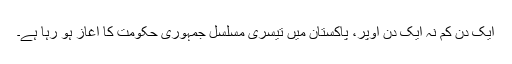
ایک دن کم نہ ایک دن اوپر، پاکستان میں تیسری مسلسل جمہوری حکومت کا آغاز ہو رہا ہے۔